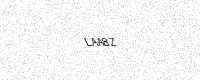
Text: LAA8Z